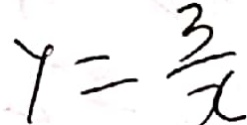
y = \frac { 3 } { x }